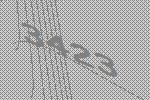
3423